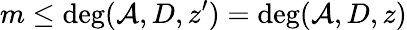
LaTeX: m\le\deg(\mathcal{A},D,z^{\prime})=\deg(\mathcal{A},D,z)